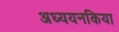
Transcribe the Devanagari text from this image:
अध्ययनकिया